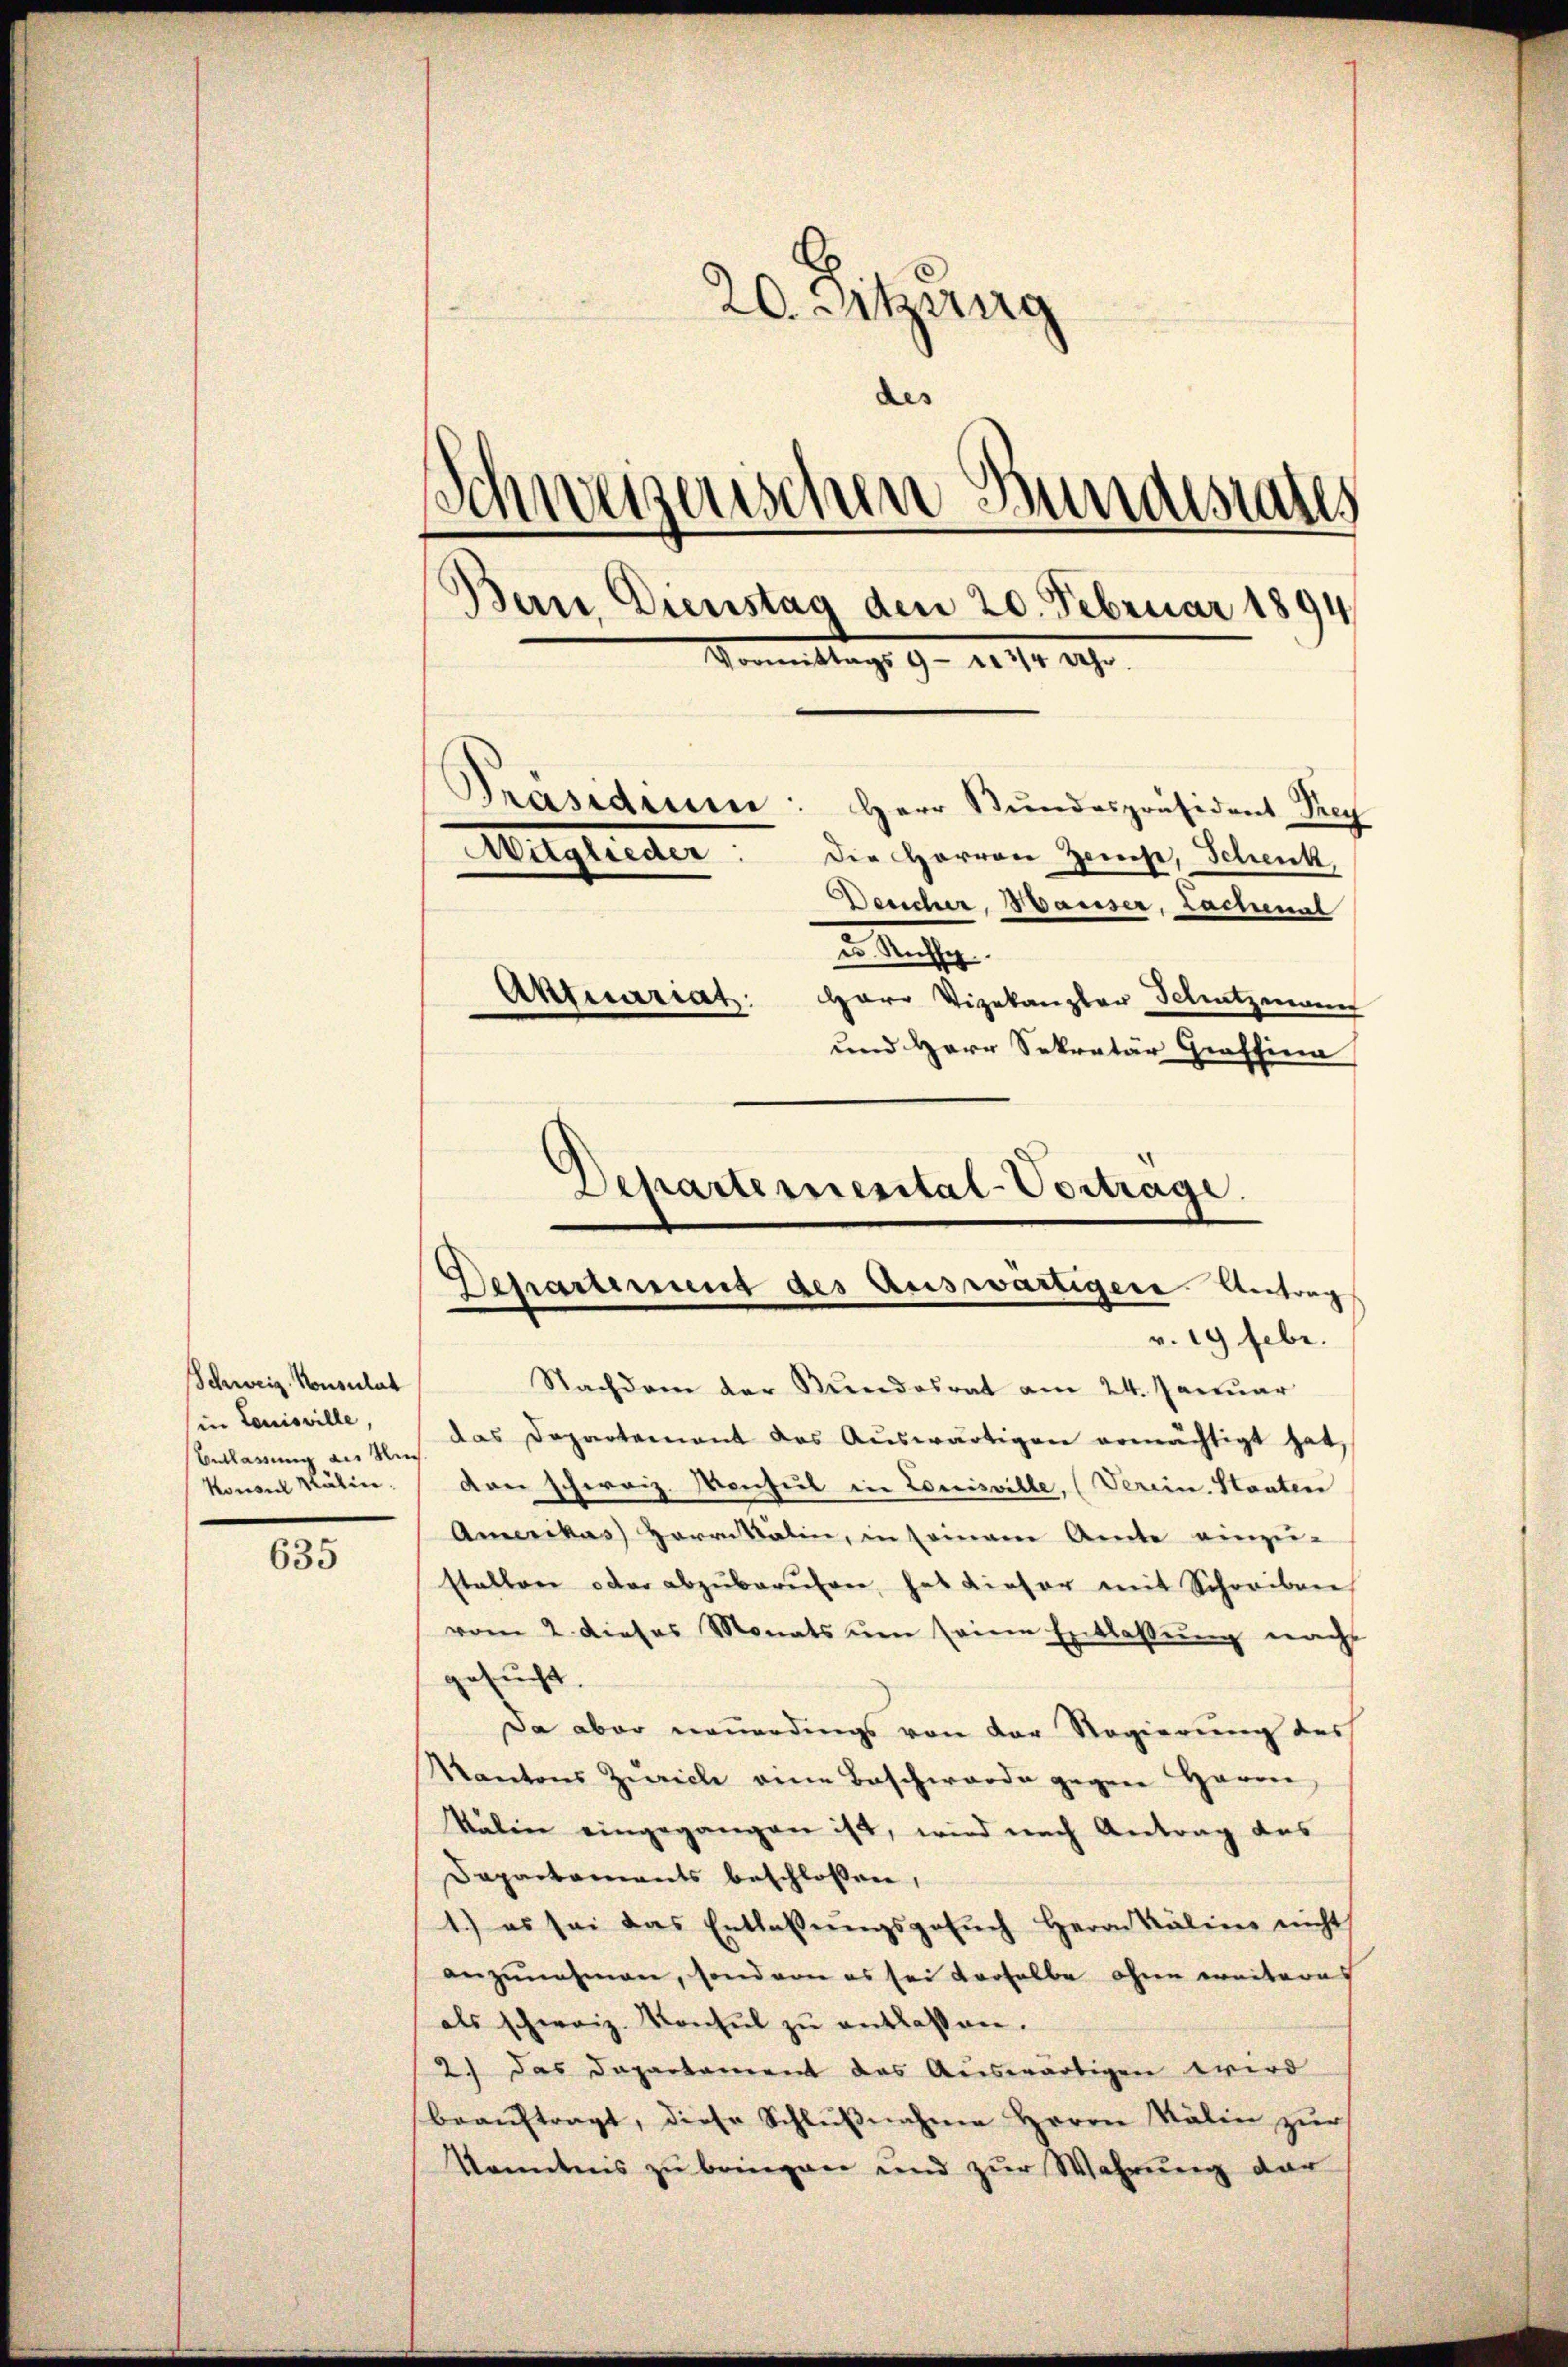
Schweiz. Konsulat
in Louisville,
Entlassung aus Nie¬
Konsul Kalien.

635

20. Sitzung
.
des
Schweizerischen Bundesrates
Bern, Dienstag den 20. Februar 1894
Vormittags 9 - 10 3/4 Jahr.
Präsidium: Herr Bundespräsident Prey
Mitglieder:
Die Herren Zeuge, Schenk,
Deucher, Hauser, Lachenal
u. Rechse
Aktuariat
Harr Vizekanzler Schutzmann
und Herr Sekretär Graffina

Departemental-Vortrage.
Departement des Auswärtigere Antrag
v. 19 Febr.

Nachdem der Stundesrat am 24. Januar
das Departernant des Aŭswärtigen ermächtigt hat,
den schweiz. Vonheit in Louisville, (Verein. Staaten
Amerikas Harrisatin, in seinem Amte einzu-
stallen oder abzŭberŭfen, hat dieser mit Schreiben
vom 2. dieses Monats um seine Entlassung nachs
gesucht.
Da aber neuerdings von der Regierung des
Kantons Zürich eine Beschwerde gegen Herrn
Kälin eingegangen ist, wird nach Antrag des
Dapartaments beschloßen,
1.) es sei das Entlassŭngsgesŭch Herrn Kälins nicht
anzunehmen, sondern es sei derselbe ohne ereiteres
als schweiz. Konsul zu entlassen.
2.) Das Dapartament das Auswärtigen wird
beaŭftragt, diese Schlŭβnahme Herrn Kälin zur
kanntens zu bringen und zur Wahrung der